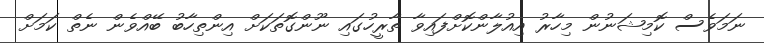
ނަމަވެސް ކޮމިޝަނުން މިހާރު އިއުލާންކޮށްފައިވާ ތާރީހުގައި ނޫންގޮތަކަށް އިންތިހާބު ބޭއްވެން ނެތް ކަމަށް